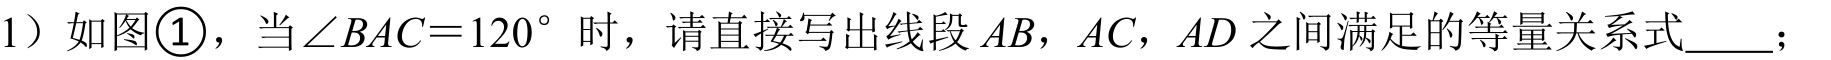
1）如图\textcircled{1}，当\(\angle BAC = 120^{\circ}\)时，请直接写出线段\(AB\)，\(AC\)，\(AD\)之间满足的等量关系式  ；